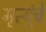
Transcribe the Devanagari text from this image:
मृत्यूंचे